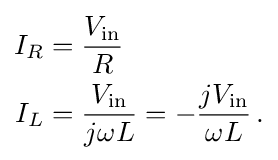
{\begin{aligned}I_{R}&={\frac {V_{\mathrm {in} }}{R}}\\I_{L}&={\frac {V_{\mathrm {in} }}{j\omega L}}=-{\frac {jV_{\mathrm {in} }}{\omega L}}\,.\end{aligned}}